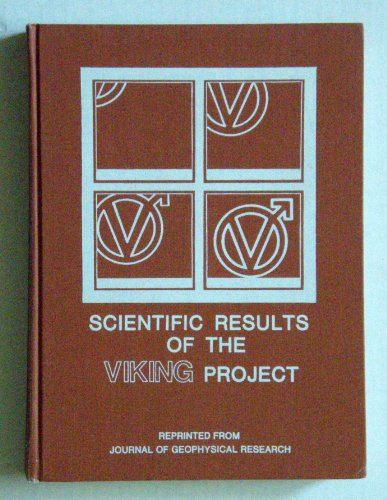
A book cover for Scientific Results of the Viking Project (Journal of Geophysical Research ; V. 82, No. 28); Science & Math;